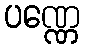
ပဏ္ဏေ